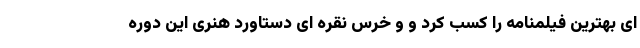
ای بهترین فیلمنامه را کسب کرد و و خرس نقره ای دستاورد هنری این دوره